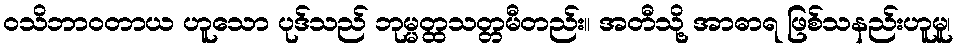
ဝသိဘာဝတာယ ဟူသော ပုဒ်သည် ဘုမ္မတ္ထသတ္တမီတည်း။ အတီသို့ အာဓာရ ဖြစ်သနည်းဟူမူ၊